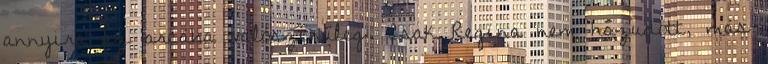
annyira az arcába valószínűleg. Csak Regina nem hazudott, más